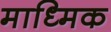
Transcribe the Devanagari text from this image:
माध्मिक